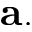
\mathbf { a . }